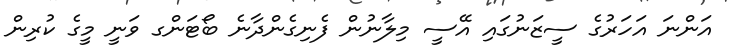
އަންނަ އަހަރުގެ ސީޒަނުގައި އޭސީ މިލާނުން ފެނިގެންދާނެ ބޯޓަންގ ވަނީ މީގެ ކުރިން